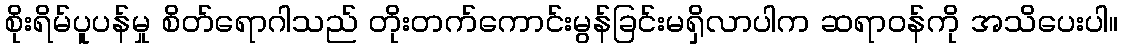
စိုးရိမ်ပူပန်မှု စိတ်ရောဂါသည် တိုးတက်ကောင်းမွန်ခြင်းမရှိလာပါက ဆရာဝန်ကို အသိပေးပါ။